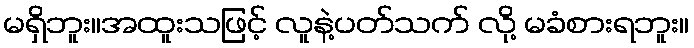
မရှိဘူး။အထူးသဖြင့် လူနဲ့ပတ်သက် လို့ မခံစားရဘူး။